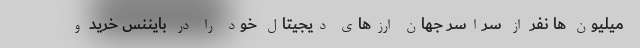
میلیون ها نفر از سراسر جهان ارزهای دیجیتال خود را در بایننس خرید و